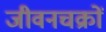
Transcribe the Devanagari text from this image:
जीवनचक्रों